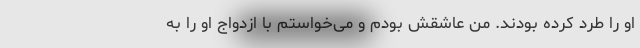
او را طرد کرده بودند. من عاشقش بودم و می‌خواستم با ازدواج او را به